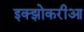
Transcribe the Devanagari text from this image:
इक्झोकरीआ